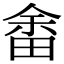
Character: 畬